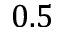
0 . 5